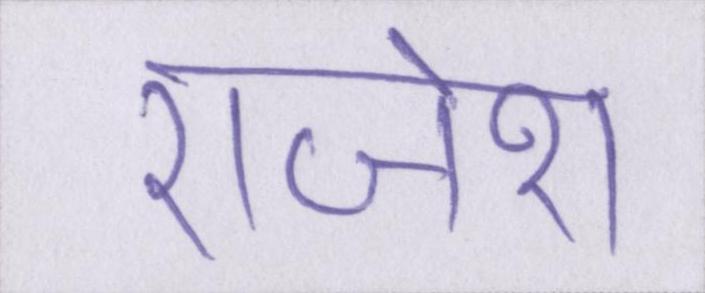
राजेश